Lunatic asylums Madras 1892-1911 - 1892-1911
Year: 1892
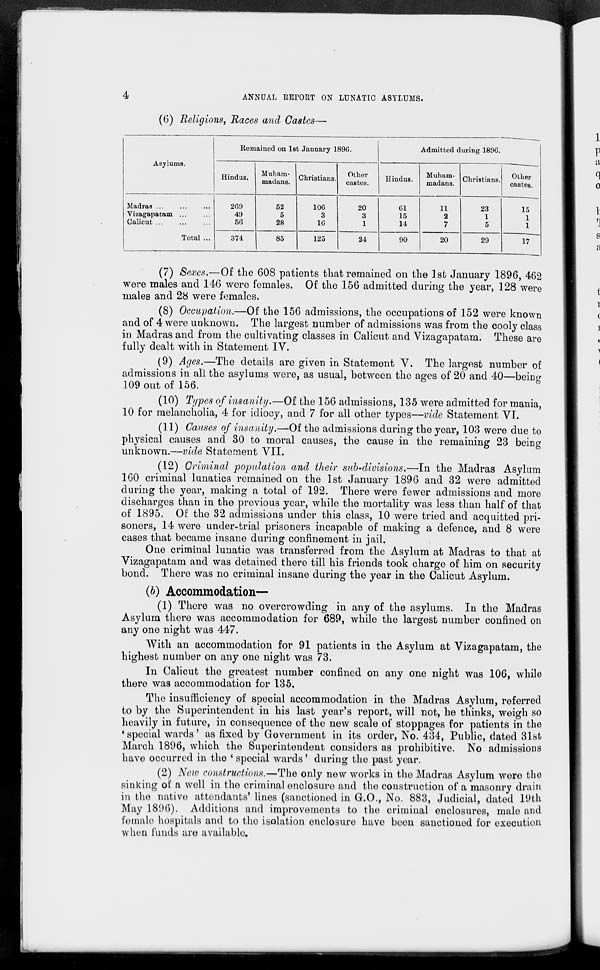
4
ANNUAL REPORT ON LUNATIC ASYLUMS.
(6) Religions, Races and Castes-
Asylums.
Remained on 1st January 189G.
Admitted during 1890.
Hindus.
Muham-
madans. Christians.
Other
castes.
Hindus.
Muham-
madaus.
Christians. Other
castes.
Madras ...
Vizagapatam ...
Calicut ...
Total ...
209
49
56
52
5
28
10G
3
16
20
3
1
61
15
14
11
2
7
23
1
5
15
1
1
374
85
125
24
90
20
29
17
(7) Sexes.—Of the 608 patients that remained on the 1st January 1896, 462
were males and 146 were females. Of the 156 admitted during the year, 128 were
males and 28 were females.
(8) Occupation.—Of the 156 admissions, the occupations of 152 were known
and of 4 were unknown. The largest number of admissions was from the cooly class
in Madras and from the cultivating classes in Calicut and Vizagapatam. These are
fully dealt with in Statement IV.
(9) Ages.—The details are given in Statement V. The largest number of
admissions in all the asylums were, as usual, between the ages of 20 and 40—being
109 out of 156.
(10) Types of insanity.—Of the 156 admissions, 135 were admitted for mania,
10 for melancholia, 4 for idiocy, and 7 for all other types—vide Statement VI.
(11) Causes of insanity.—Of the admissions during the year, 103 were due to
physical causes and 30 to moral causes, the cause in the remaining 23 being
unknown.—vide Statement VII.
(12) Criminal population and their sub-divisions.—In the Madras Asylum
160 criminal lunatics remained on the 1st January 1896 and 32 were admitted
during the } 7 ear, making a total of 192. There were fewer admissions and more
discharges than in the previous year, while the mortality was less than half of that
of 1895. Of the 32 admissions under this class, 10 were tried and acquitted pri-
soners, 14 were under-trial prisoners incapable of making a defence, and 8 were
cases that became insane during confinement in jail.
One criminal lunatic was transferred from the Asylum at Madras to that at
Vizagapatam and was detained there till his friends took charge of him on security
bond. There was no criminal insane during the year in the Calicut Asylum.
(b) Accommodation—
(1) There was no overcrowding in any of the asylums. In the Madras
Asylum there was accommodation for 689, while the largest number confined on
any one night was 447.
With an accommodation for 91 patients in the Asylum at Vizagapatam, the
highest number on any one night was 73.
In Calicut the greatest number confined on any one night was 106, while
there was accommodation for 135.
The insufficiency of special accommodation in the Madras Asylum, referred
to by the Superintendent in his last year's report, will not, he thinks, weigh so
heavily in future, in consequence of the new scale of stoppages for patients in the
• special wards' as fixed by Government in its order, No. 434, Public, dated 31st
March 1896, which the Superintendent considers as prohibitive. No admissions
have occurred in the ' special wards' during the past year.
(2) New constructions.—The only new works in the Madras Asylum were the
sinking of a well in the criminal enclosure and the construction of a masonry drain
in the native attendants' lines (sanctioned in G.O., No. 883, Judicial, dated 19th
May 1896). Additions and improvements to the criminal enclosures, male and
female hospitals and to the isolation enclosure have been sanctioned for execution
when funds are available.